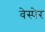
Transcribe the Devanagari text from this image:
वेस्पेर